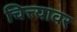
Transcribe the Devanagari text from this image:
चित्त्यावर